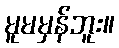
မူမမှန်ဘူး။